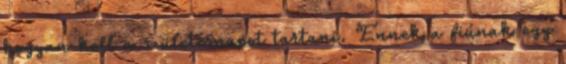
hogyan kell a születésnapot tartani. Ennek a fiúnak egy